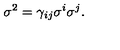
\sigma ^ { 2 } = \gamma _ { i j } \sigma ^ { i } \sigma ^ { j } .